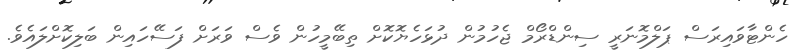
ހެންޓާވައިރަސް ޕަލްމޮނަރީ ސިންޑްރޯމް ޖެހުމުން ދުޅަހެޔޮކޮށް ތިބޭމީހުން ވެސް ވަރަށް ފަސޭހައިން ބަލިކޮށްލައެވެ.